Calcutta medical institutions reports 1879-81 [i.e.91]
Year: 1879
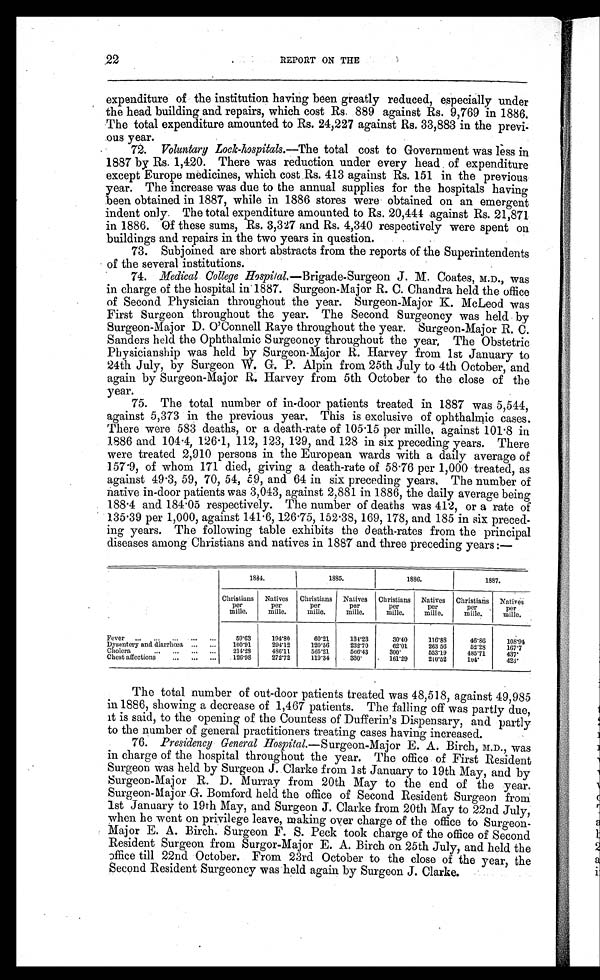
22
REPORT ON THE
expenditure of the institution having been greatly reduced, especially under
the head building and repairs, which cost Rs. 889 against Rs. 9,769 in 1886.
The total expenditure amounted to Rs. 24,227 against Rs. 33,883 in the previ-
ous year.
72. Voluntary Lock-hospitals.— The total cost to Government was less in
1887 by Rs. 1,420. There was reduction under every head of expenditure
except Europe medicines, which cost . Rs. 413 against Rs. 151 in the previous
year. The increase was due to the annual supplies for the hospitals having
been obtained in 1887, while in 1886 stores were obtained on an emergent
indent only. The total expenditure amounted to Rs. 20,444 .against Rs. 21,871
in 1886. Of these sums, Rs. 3,327 and Rs. 4,340 respectively were spent on
buildings and repairs in the two years in question.
.
73. Subjoined are short abstracts from the reports of the Superintendents
of the several institutions.
74. Medical College Hospital.—Brigade-Surgeon J . M. Coates, M.D., was
in charge of the hospital in' 1887. Surgeon-Major R. C. Chandra held the office
of Second Physician throughout the year. Surgeon-Major K. McLeod was
First Surgeon throughout the year. The Second Surgeoncy was held by
Surgeon-Major D. O'Connell Raye throughout the year. Surgeon-Major R. C.
Sanders held the Ophthalmic Surgeoncy throughout the year, The Obstetric
Physicianship was held by Surgeon-Major R. Harvey from 1st January to
24th July, by Surgeon W. G. P. Alpin from 25th July to 4th October, and
again by Surgeon-Major R. Harvey from 5th October to the close of the
year.
75. The total number of in-door patients treated in 1887 was 5,544,
against 5,373 in the previous year, This is exclusive of ophthalmic cases.
There were 583 deaths, or a death-rate of 105.15 per mille, against 101 . 8 in
1886 and 104 .4, 126 . 1, 112, 123, 129, and 128 in six preceding years. There
were treated 2,910 persons in the European wards with a daily average of
157.9, of whom 171 died, giving a death-rate of 58 .76 per 1,000 treated, as
against 49 . 3, 59, 70, 54, 59 and 64 i n si x precedi ng years, The number of
native in-door patients was 3,043, against 2,881 in 1886, the daily average being
188 .4 and 184. 05 respectively. The number of deaths was 412, or a rate of
135 . 39 per 1,000, against 141 . 6, 126 .75, 152.38, 169, 178, and 185 in six preced
- i n g y e a r s . T h e f o l l o w i n g t a b l e e x h i b i t s t h e d e a t h - r a t e s f r o m t h e p r i n c i p a l
diseases among Christians and natives in 1887 and three preceding years :—
1884.
1885.
1886.
1887.
Christians
per
mille.
Natives
per
mille.
Christians
per
mille.
Natives
per
mille.
Christians
per
mille.
Natives
per
mille.
Christians
per
mille.
N a t i v e s
p e r
m i l l e .
Fever
...
...
...
...
59.63
194.80
60.21
131.23
30.40
116.88
46.86
1 0 8 . 9 4
Dysentery and. Cliarrhœa ...
...
100.91
294.12
120.56
232.70
62.01
263.56
52.28
167.7
Cholera
...
...
...
...
214.28
486.11
565.21
566.43
300.
553.19
485.71
4 3 7 .
Chest affections
...
...
...
126.98
272.72
119.34
330.
161.29
210.52
1 0 4 .
4 2 3 .
The total number of out-door patients treated was 48,518, against 49,985
in 1886, showing a decrease of 1,467 patients. The falling off was partly due,
it is said, to the opening of the Countess of Dufferin's Dispensary, and partly
to the number of general practitioners treating cases having increased.
76. Presidency General Hospital.— Surgeon-Major E. A. Birch, M.D., was
in charge of the hospital throughout the year. The office of First Resident
Surgeon was held by Surgeon J. Clarke from 1st January to 19th May, and by
Surgeon-Major R. D. Murray from 20th May to the end of the year.
Surgeon-Major G. Bomford held the office of Second Resident Surgeon from
1st January to 19th May, and Surgeon J. Clarke from 20th May to 22nd July,
when he went on privilege leave, making over charge of the office to Surgeon
-
Major E. A. Birch. Surgeon F. S. Peck took charge of the office of Second
Resident Surgeon from Surgor-Major E. A. Birch on 25th July, and held the
office till 22nd October. From 23rd October to the close of the year, the
Second Resident Surgeoncy was held again by Surgeon J. Clarke.